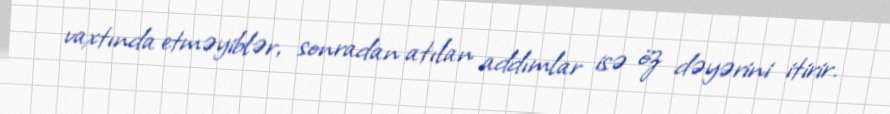
vaxtında etməyiblər, sonradan atılan addımlar isə öz dəyərini itirir.